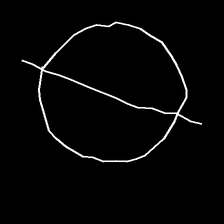
Glyph: orb